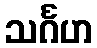
သင်္ဂဟ